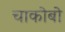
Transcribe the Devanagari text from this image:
चाकोबो